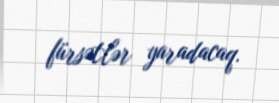
fürsətlər yaradacaq.